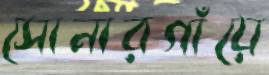
সোনারগাঁয়ে